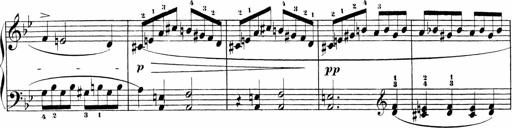
Title: Sonatinen Op.47, 98 und 136, nebst 6 Liedersonatinen
Composer: Carl Reinecke